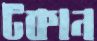
টকান